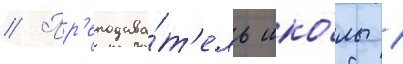
// Пр'еподава́т'ель шко́лы 1